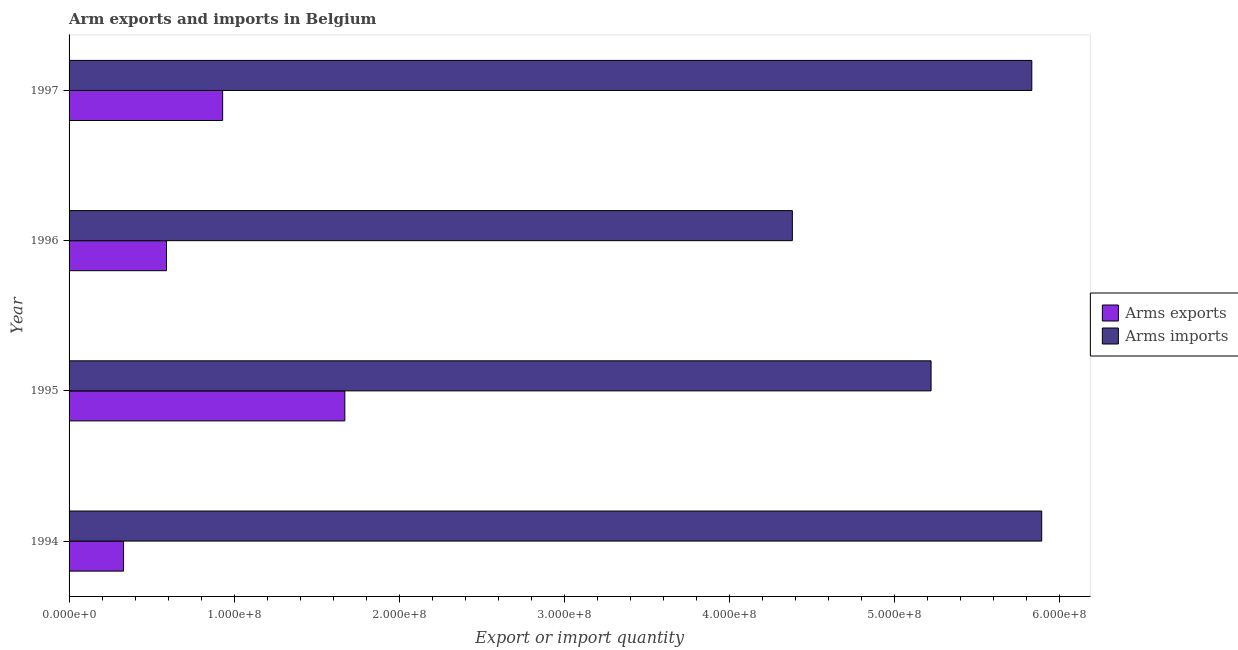
| Year | Arms exports | Arms imports |
 | --- | --- | --- |
 | 1994 | 3.3e+07 | 5.89e+08 |
 | 1995 | 1.67e+08 | 5.22e+08 |
 | 1996 | 5.9e+07 | 4.38e+08 |
 | 1997 | 9.3e+07 | 5.83e+08 |